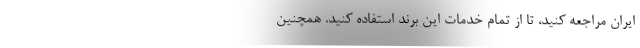
ایران مراجعه کنید، تا از تمام خدمات این برند استفاده کنید. همچنین